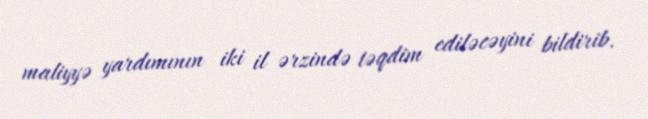
maliyyə yardımının iki il ərzində təqdim ediləcəyini bildirib.